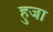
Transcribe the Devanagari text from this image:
हुजा